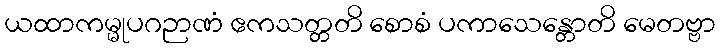
ယထာကမ္မုပဂဉာဏံ ဧကသတ္တတိ စောစံ ပကာသေန္တောတိ မေတဗ္ဗာ